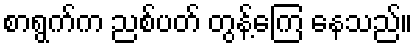
စာရွက်က ညစ်ပတ် တွန့်ကြေ နေသည်။